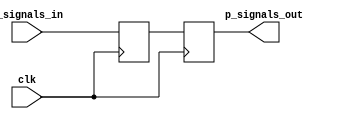
`default_nettype none

module pipeline_helper #(
	parameter PIPELINE_LEVEL = 2,
	parameter SIGNAL_WIDTH = 1
) (
	input clk,
	input[SIGNAL_WIDTH-1:0] p_signals_in,
	output[SIGNAL_WIDTH-1:0] p_signals_out
	);

genvar i;

reg[SIGNAL_WIDTH-1:0] p_signals[0:PIPELINE_LEVEL-1];
always @(posedge clk) begin
	p_signals[0] <= p_signals_in;
end
assign p_signals_out = p_signals[PIPELINE_LEVEL-1];

// Pipeline the control signal to the output
generate
	for (i = 1; i < PIPELINE_LEVEL; i = i + 1) begin : pipeline_signals
		always @(posedge clk) begin
			p_signals[i] <= p_signals[i - 1];
		end
	end
endgenerate

endmodule